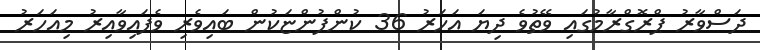
ދަސްވާރު ޕްރޮގްރާމުގައި ވޭތުވެ ދިޔަ އަހަރު 36 ކުންފުންޏަކުން ބައިވެރި ވެފައިވާއިރު މިއަހަރު